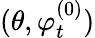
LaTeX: (\theta,\varphi_{t}^{(0)})